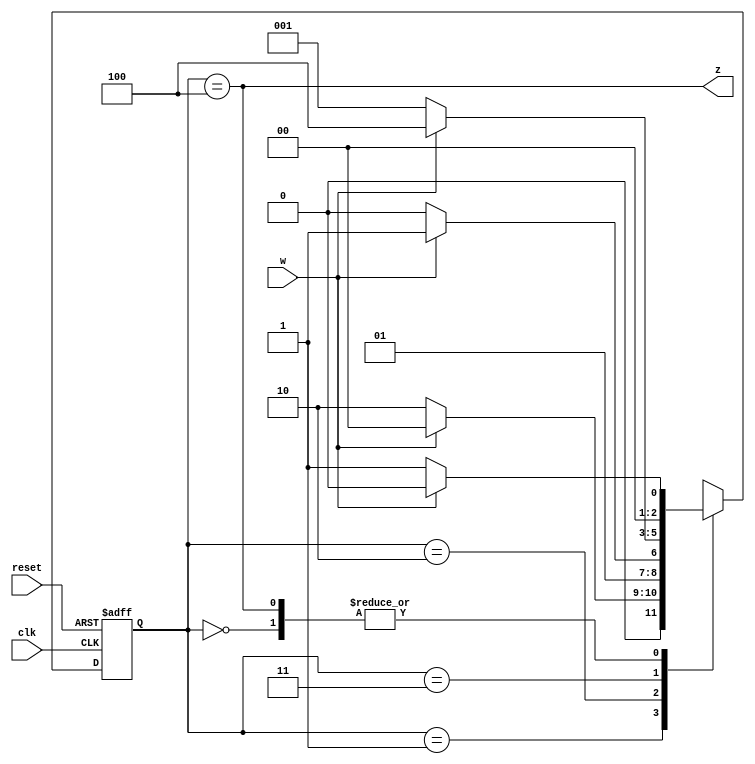
`timescale 1ns / 1ps
//////////////////////////////////////////////////////////////////////////////////
// Company: 
// Engineer: 
// 
// Design Name: 
// Module Name: top_moore
// Project Name: 
// Target Devices: 
// Tool Versions: 
// Description: 
// 
// Dependencies: 
// 
// Revision:
// Revision 0.01 - File Created
// Additional Comments:
// 
//////////////////////////////////////////////////////////////////////////////////


module top_moore(w,clk,reset,z);
input w,clk,reset; //input variables
output z;
reg [2:0]P_State,N_State; //present and next states
//defining states
parameter [2:0]A=3'b000, B=3'b001, C=3'b010, D=3'b011, E=3'b100;

always @(w,P_State)
case(P_State)
A:if(w==0)N_State=B;
    else N_State=A;
B:if(w==0)N_State=C;
    else N_State=A;
C:if(w==0)N_State=C;
    else N_State=D;
D:if(w==0)N_State=B;
    else N_State=E;
E:if(w==0)N_State=B;
    else N_State=A;
default: N_State=3'bxxx;
endcase
//assigning next state to present test
always @(negedge reset,posedge clk)
begin
if(reset==0)
P_State <= A;
else
P_State <= N_State;
end
assign z = (P_State==E); //assigning output
endmodule